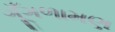
ગૂઁગળામણ